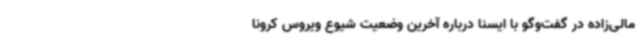
مالی‌زاده در گفت‌وگو با ایسنا درباره آخرین وضعیت شیوع ویروس کرونا